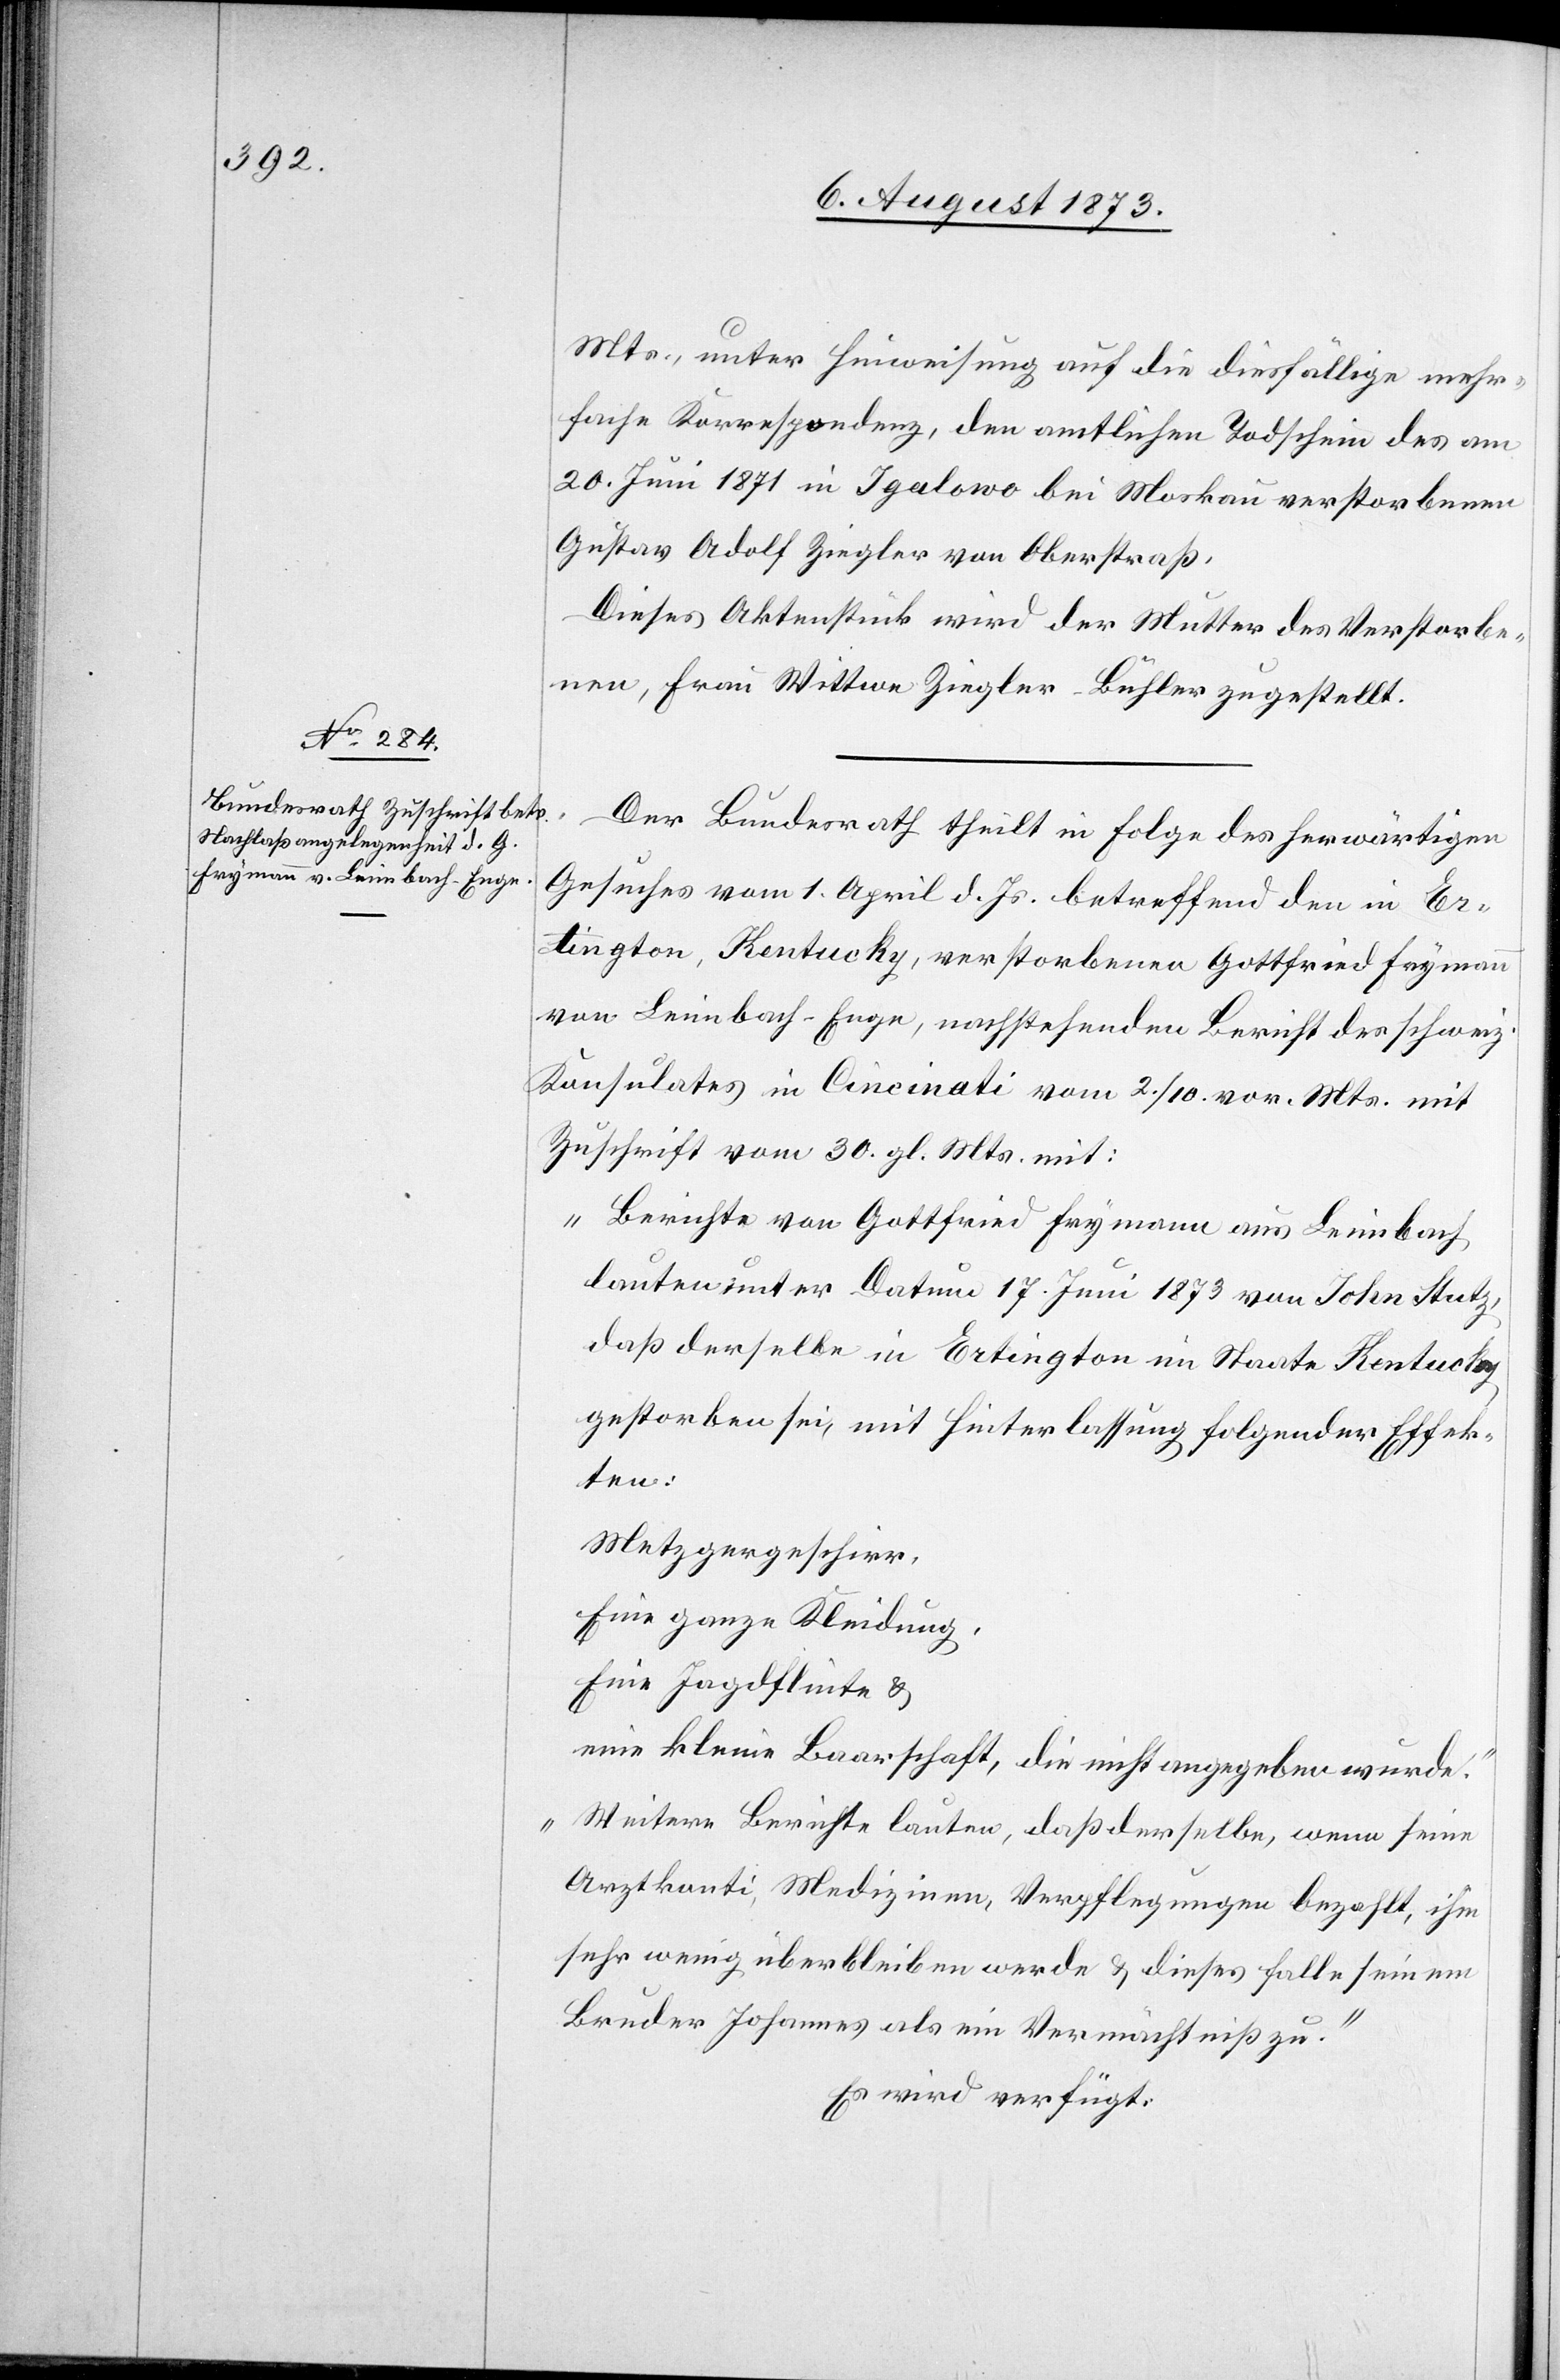
6. August 1873.]
Mts., unter Hinweisung auf die diesfällige mehr¬
fache Korrespondenz, den amtlichen Todschein des am
20. Juni 1871 in Igalowo bei Moskau verstorbenen
Gustav Adolf Ziegler von Oberstraß.
Dieses Aktenstück wird der Mutter des Verstorbe¬
nen, Frau Wittwe Ziegler-Bühler zugestellt.
Der Bundesrath theilt in Folge des herwärtigen
Gesuches vom 1. April d. Js. betreffend den in Er¬
tington, Kentucky, verstorbenen Gottfried Frymann
von Leimbach-Enge, nachstehenden Bericht des schweiz.
Konsulates in Cincinati vom 2./10. vor. Mts. mit
Zuschrift vom 30. gl. Mts. mit:
„Berichte von Gottfried Frymann aus Leimbach
lauten unter Datum 17. Juni 1873 von John Stutz,
daß derselbe in Ertington im Staate Kentucky
gestorben sei, mit Hinterlassung folgender Effek¬
ten:
Metzgergeschirr,
Eine ganze Kleidung,
Eine Jagdflinte &
eine kleine Baarschaft, die nicht angegeben wurde.“
„Weitere Berichte lauten, daß derselbe, wenn seine
Arztkonti, Medizinen, Verpflegungen bezahlt, ihm
sehr wenig überbleiben werde & dieses falle seinem
Bruder Johannes als ein Vermächtniß zu.“
Es wird verfügt